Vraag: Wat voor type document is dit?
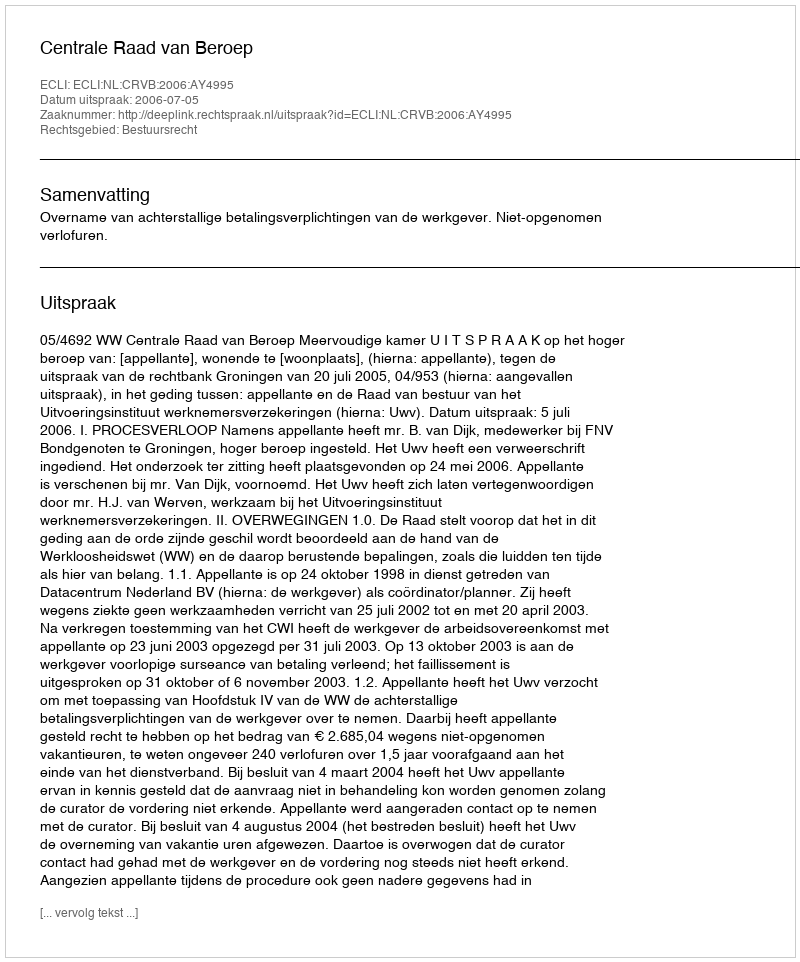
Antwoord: Uitspraak